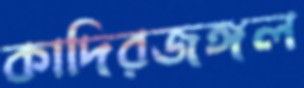
কাদিরজঙ্গল